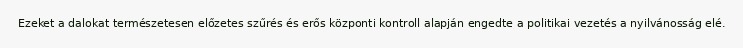
Ezeket a dalokat természetesen előzetes szűrés és erős központi kontroll alapján engedte a politikai vezetés a nyilvánosság elé.